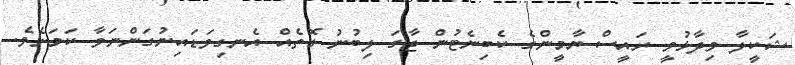
ޝަކީލާ ވިދާޅުވީ ރައީސް ޔާމީންގެ ކެބިނެޓުން ޖާގަ ލިބުނު ގޮތެއް އެނގިވަޑައިނުގަންނަވާ ކަމަށެވެ.